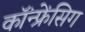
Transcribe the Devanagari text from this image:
कॉंन्फ्रेंसिग